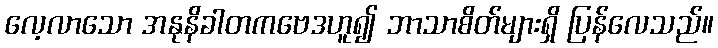
လေ့လာသော အနုနိခါတကဗေဒဟူ၍ ဘာသာစိတ်များရှိ ပြန်လေသည်။